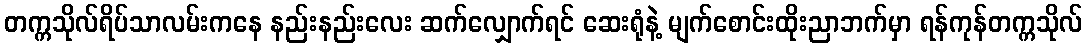
တက္ကသိုလ်ရိပ်သာလမ်းကနေ နည်းနည်းလေး ဆက်လျှောက်ရင် ဆေးရုံနဲ့ မျက်စောင်းထိုးညာဘက်မှာ ရန်ကုန်တက္ကသိုလ်